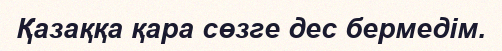
Қазаққа қара сөзге дес бермедім.